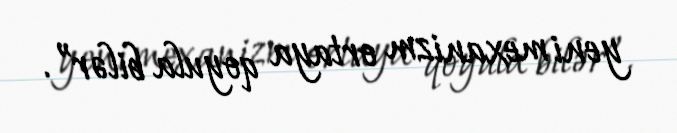
yeni mexanizm ortaya qoyula bilər”.